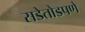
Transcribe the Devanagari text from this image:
सडेतोडपणे